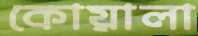
কোয়ালা